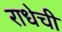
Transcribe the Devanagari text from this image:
राधेची